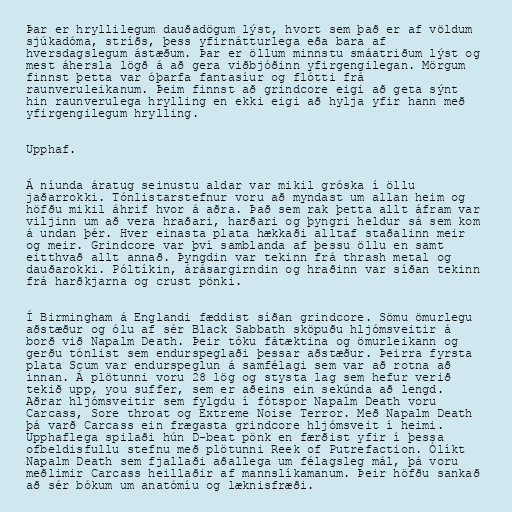
Þar er hryllilegum dauðadögum lýst, hvort sem það er af völdum
sjúkadóma, stríðs, þess yfirnátturlega eða bara af
hversdagslegum ástæðum. Þar er öllum minnstu smáatriðum lýst og
mest áhersla lögð á að gera viðbjóðinn yfirgengilegan. Mörgum
finnst þetta var óþarfa fantasíur og flótti frá
raunveruleikanum. Þeim finnst að grindcore eigi að geta sýnt
hin raunverulega hrylling en ekki eigi að hylja yfir hann með
yfirgengilegum hrylling.

Upphaf.

Á níunda áratug seinustu aldar var mikil gróska í öllu
jaðarrokki. Tónlistarstefnur voru að myndast um allan heim og
höfðu mikil áhrif hvor á aðra. Það sem rak þetta allt áfram var
viljinn um að vera hraðari, harðari og þyngri heldur sá sem kom
á undan þér. Hver einasta plata hækkaði alltaf staðalinn meir
og meir. Grindcore var því samblanda af þessu öllu en samt
eitthvað allt annað. Þyngdin var tekinn frá thrash metal og
dauðarokki. Póltíkin, árásargirndin og hraðinn var síðan tekinn
frá harðkjarna og crust pönki.

Í Birmingham á Englandi fæddist síðan grindcore. Sömu ömurlegu
aðstæður og ólu af sér Black Sabbath sköpuðu hljómsveitir á
borð við Napalm Death. Þeir tóku fátæktina og ömurleikann og
gerðu tónlist sem endurspeglaði þessar aðstæður. Þeirra fyrsta
plata Scum var endurspeglun á samfélagi sem var að rotna að
innan. Á plötunni voru 28 lög og stysta lag sem hefur verið
tekið upp, you suffer, sem er aðeins ein sekúnda að lengd.
Aðrar hljómsveitir sem fylgdu í fótspor Napalm Death voru
Carcass, Sore throat og Extreme Noise Terror. Með Napalm Death
þá varð Carcass ein frægasta grindcore hljómsveit í heimi.
Upphaflega spilaði hún D-beat pönk en færðist yfir í þessa
ofbeldisfullu stefnu með plötunni Reek of Putrefaction. Ólíkt
Napalm Death sem fjallaði aðallega um félagsleg mál, þá voru
meðlimir Carcass heillaðir af mannslíkamanum. Þeir höfðu sankað
að sér bókum um anatómíu og læknisfræði.